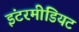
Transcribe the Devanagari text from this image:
इंटरमीडियट